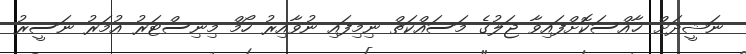
ނަޝީދަށް ޚާއްސަކޮށްފައިވާ ޖަލުގެ މަސައްކަތް ނިމިފައި ނުވާއިރު ހޯމް މިނިސްޓަރު އުމަރު ނަސީރު